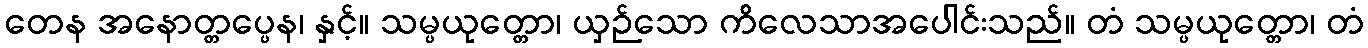
တေန အနောတ္တပ္ပေန၊ နှင့်။ သမ္ပယုတ္တော၊ ယှဉ်သော ကိလေသာအပေါင်းသည်။ တံ သမ္ပယုတ္တော၊ တံ